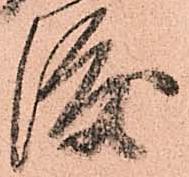
渡